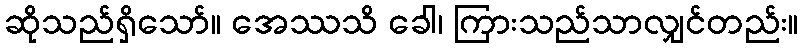
ဆိုသည်ရှိသော်။ အေဿသိ ခေါ၊ ကြားသည်သာလျှင်တည်း။